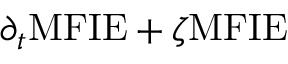
\partial _ { t } \mathrm { M F I E } + \zeta \mathrm { M F I E }